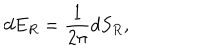
d E _ { R } = { \frac { 1 } { 2 \pi } } d S _ { R } ,